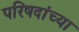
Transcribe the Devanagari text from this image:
परिषदांच्या